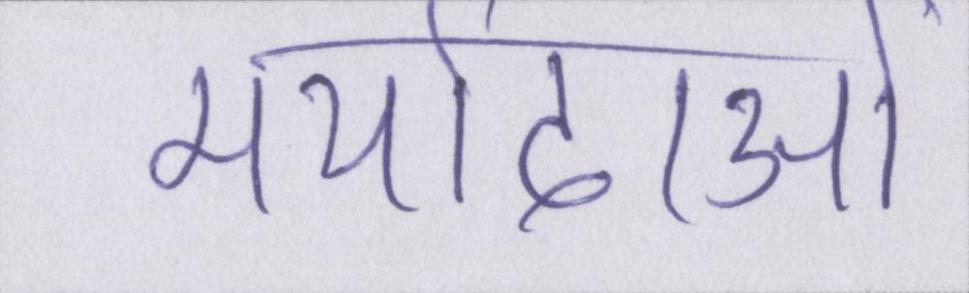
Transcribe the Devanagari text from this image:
मर्यादाओं